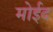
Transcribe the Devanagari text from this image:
मोईद